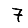
Digit: 7